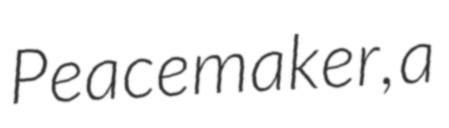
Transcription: Peacemaker, a